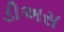
ડીઅસ